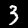
Digit: 3